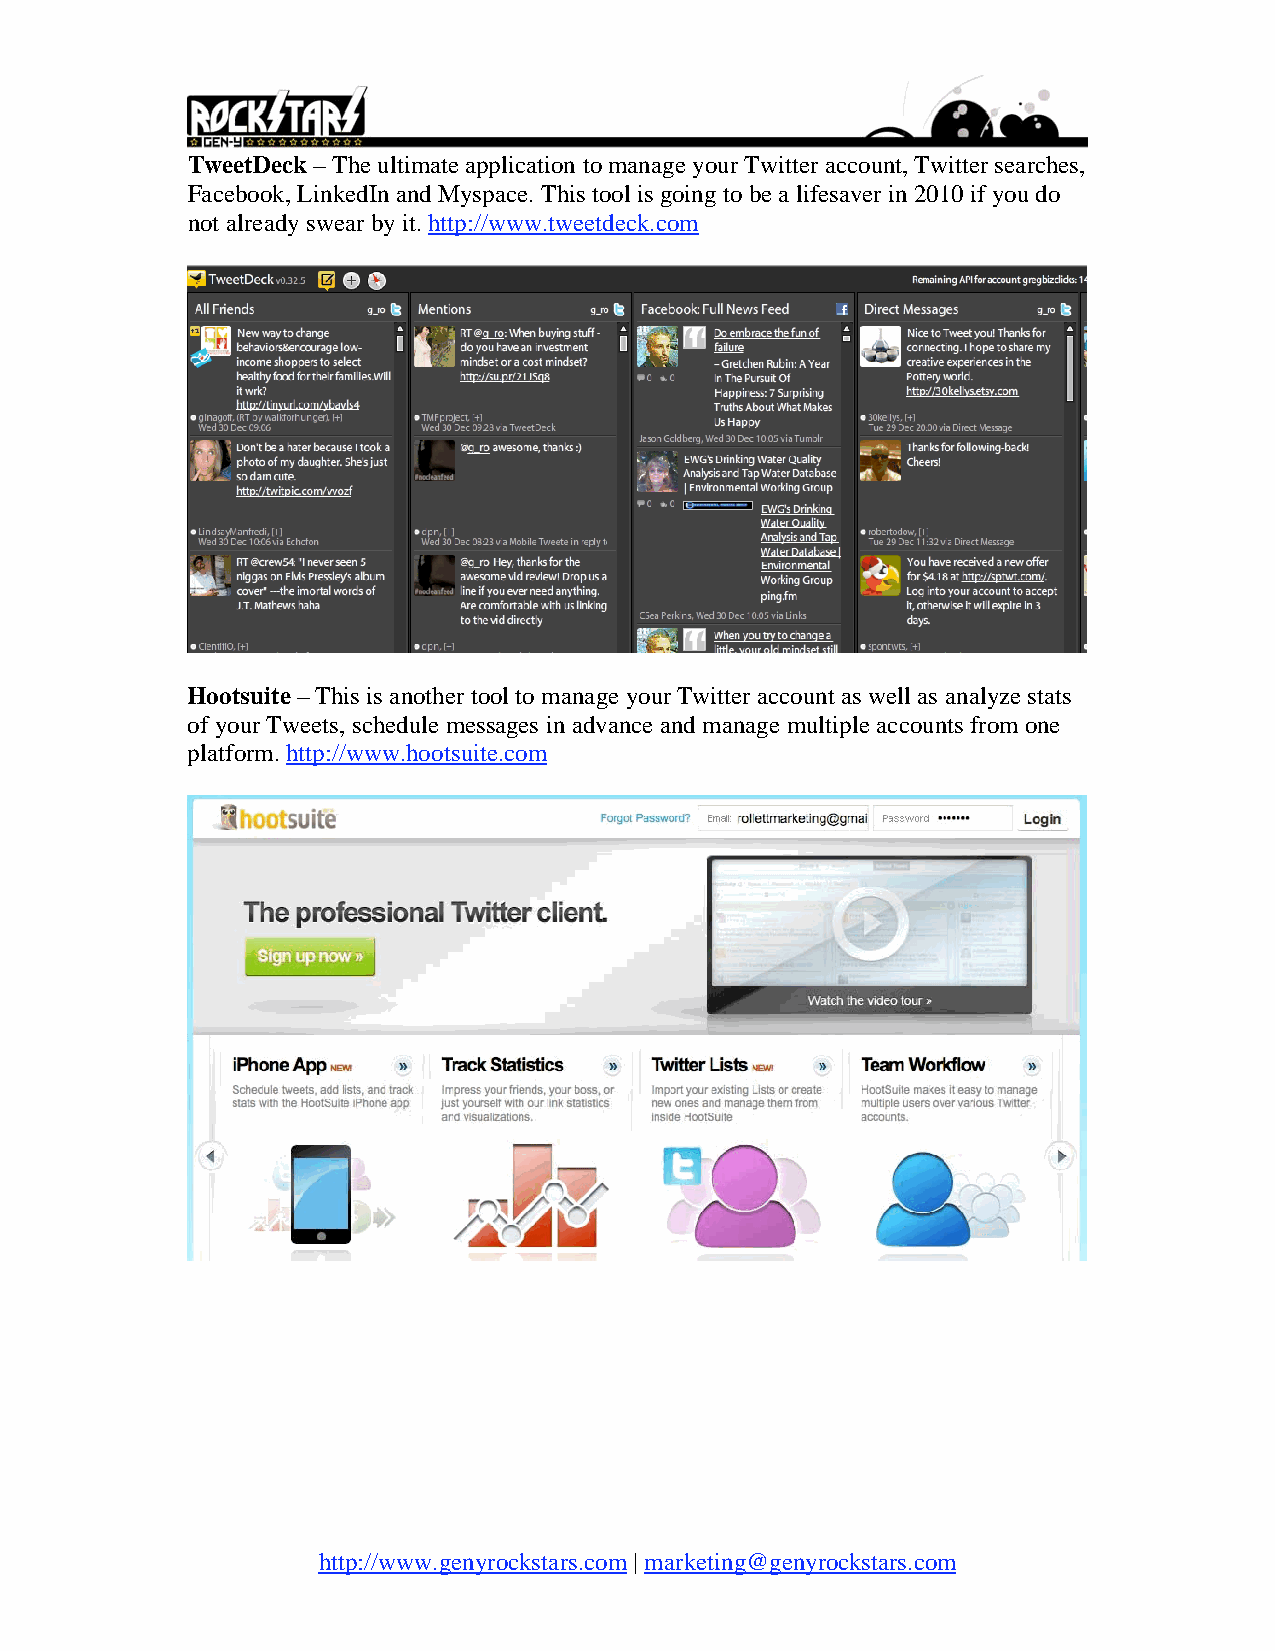
TweetDeck – The ultimate application to manage your Twitter account, Twitter searches,
 Facebook, LinkedIn and Myspace. This tool is going to be a lifesaver in 2010 if you do
 not already swear by it. http://www.tweetdeck.com
 Hootsuite – This is another tool to manage your Twitter account as well as analyze stats
 of your Tweets, schedule messages in advance and manage multiple accounts from one
 platform. http://www.hootsuite.com
 http://www.genyrockstars.com | marketing@genyrockstars.com